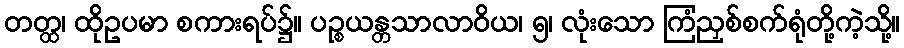
တတ္ထ၊ ထိုဥပမာ စကားရပ်၌။ ပဉ္စယန္တသာလာဝိယ၊ ၅၊ လုံးသော ကြံညှစ်စက်ရုံတို့ကဲ့သို့။